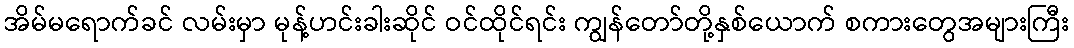
အိမ်မရောက်ခင် လမ်းမှာ မုန့်ဟင်းခါးဆိုင် ဝင်ထိုင်ရင်း ကျွန်တော်တို့နှစ်ယောက် စကားတွေအများကြီး